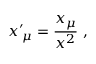
x ^ { \prime } { } _ { \! \mu } = \frac { x _ { \mu } } { x ^ { 2 } } \; \mathrm { , } \;